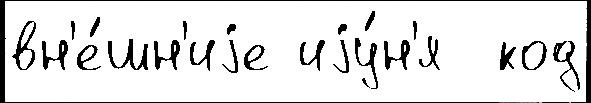
вн'е́шн'иjе иjу́н'я  код